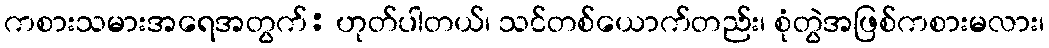
ကစားသမားအရေအတွက်: ဟုတ်ပါတယ်၊ သင်တစ်ယောက်တည်း၊ စုံတွဲအဖြစ်ကစားမလား၊